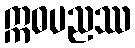
ဣဓပညဿ